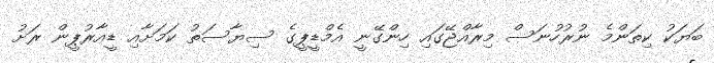
ބަޔަކު ކިތަންމެ ނުރުހުނަސް މިރާއްޖޭގައި ހިންގޭނީ އެމްޑީޕީގެ ސިޔާސަތު ކަމަށާއި ޑީއާރުޕީން ރަށު